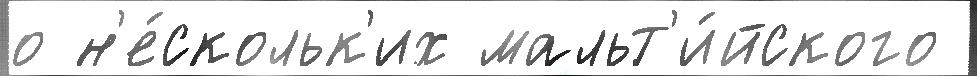
о н'е́скольк'их мальт'и́йского